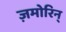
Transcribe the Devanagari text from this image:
ज़मोरिन्